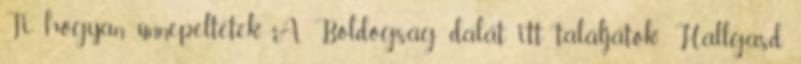
Ti hogyan ünnepeltetek. A Boldogság dalát itt találjátok: Hallgasd